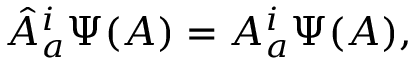
{ \hat { A } } _ { a } ^ { i } \Psi ( A ) = A _ { a } ^ { i } \Psi ( A ) ,